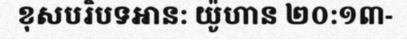
ខុសបរិបទអាន: យ៉ូហាន ២០:១៣-